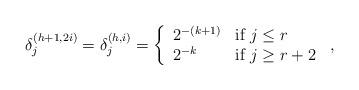
LaTeX: \begin{align*} \delta_j^{(h+1,2i)} = \delta_j^{(h,i)} = \left\{ \begin{array}{ll} 2^{-(k+1)} & \mbox{if } j \leq r \\ 2^{-k} & \mbox{if } j \geq r+2 \end{array}\right. \,, \end{align*}